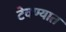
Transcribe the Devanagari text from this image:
टेवण्यात